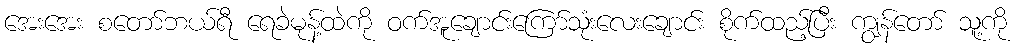
အေးအေး စတော်ဘယ်ရီ ရေခဲမုန့်ထဲကို ဝက်အူချောင်းကြော်သုံးလေးချောင်း စိုက်ထည့်ပြီး ကျွန်တော် သူ့ကို